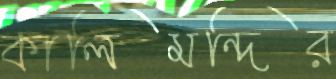
কালিমন্দির